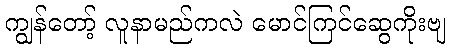
ကျွန်တော့် လူနာမည်ကလဲ မောင်ကြင်ဆွေကိုးဗျ